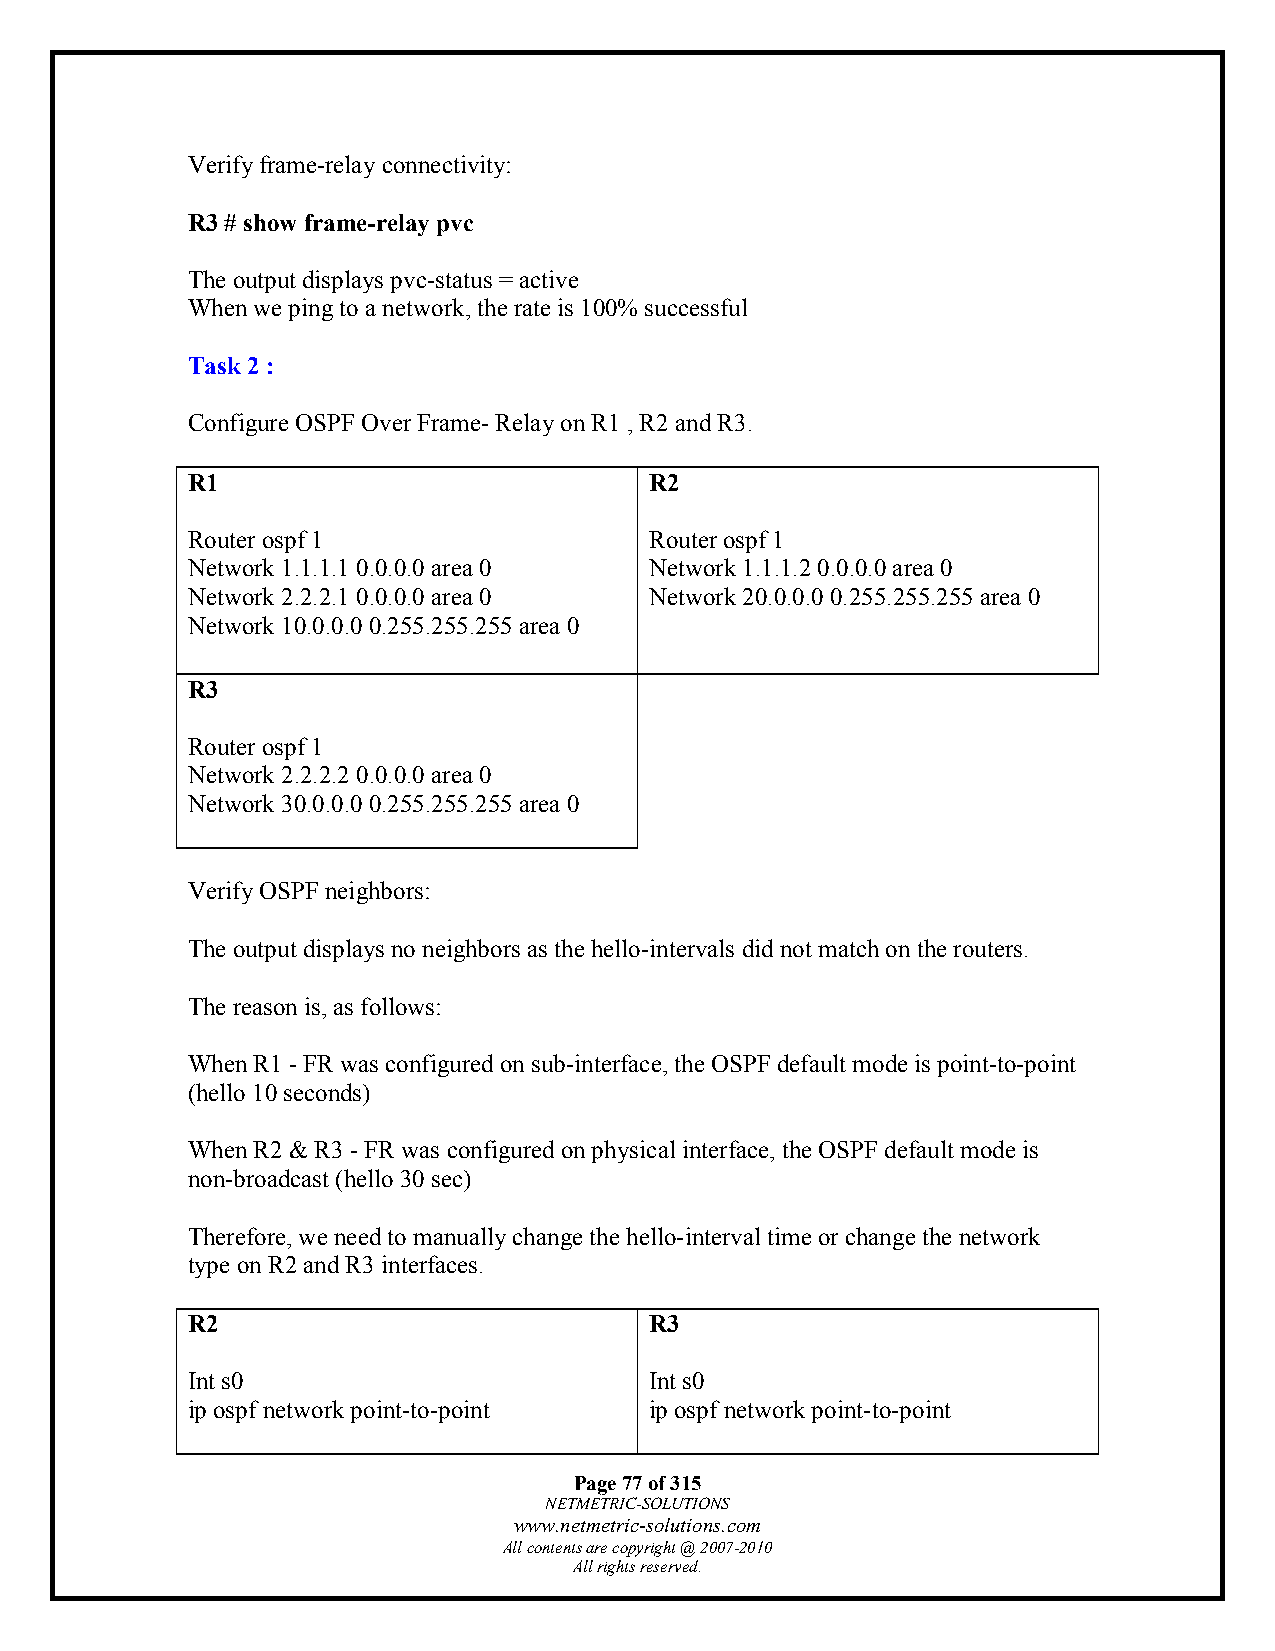
Verify frame-relay connectivity:
 R3 # show frame-relay pvc
 The output displays pvc-status = active
 When we ping to a network, the rate is 100% successful
 Task 2 :
 Configure OSPF Over Frame- Relay on R1 , R2 and R3.
 R1                             R2
 Router ospf 1                  Router ospf 1
 Network 1.1.1.1 0.0.0.0 area 0 Network 1.1.1.2 0.0.0.0 area 0
 Network 2.2.2.1 0.0.0.0 area 0 Network 20.0.0.0 0.255.255.255 area 0
 Network 10.0.0.0 0.255.255.255 area 0
 R3
 Router ospf 1
 Network 2.2.2.2 0.0.0.0 area 0
 Network 30.0.0.0 0.255.255.255 area 0
 Verify OSPF neighbors:
 The output displays no neighbors as the hello-intervals did not match on the routers.
 The reason is, as follows:
 When R1 - FR was configured on sub-interface, the OSPF default mode is point-to-point
 (hello 10 seconds)
 When R2 & R3 - FR was configured on physical interface, the OSPF default mode is
 non-broadcast (hello 30 sec)
 Therefore, we need to manually change the hello-interval time or change the network
 type on R2 and R3 interfaces.
 R2                             R3
 Int s0                         Int s0
 ip ospf network point-to-point ip ospf network point-to-point
 Page 77 of 315
 NETMETRIC-SOLUTIONS
 www.netmetric-solutions.com
 All contents are copyright @ 2007-2010
 All rights reserved.